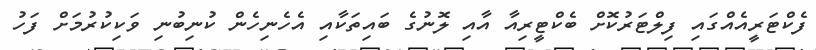
ފެކްޓަރީއެއްގައި ފިލްޓަރުކޮށް ބެކްޓީރިއާ އާއި ލޮނުގެ ބައިތަކާއި އެހެނިހެން ކުނިބުނި ވަކިކުރުމަށް ފަހު